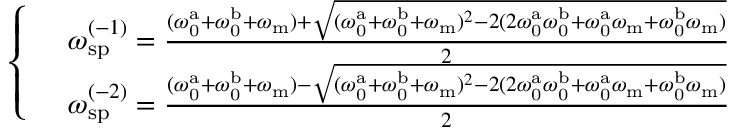
\begin{array} { r l } & { \left\{ \begin{array} { l l } & { \omega _ { \mathrm { s p } } ^ { ( - 1 ) } = \frac { ( \omega _ { \mathrm { 0 } } ^ { \mathrm { a } } + \omega _ { \mathrm { 0 } } ^ { \mathrm { b } } + \omega _ { \mathrm { m } } ) + \sqrt { ( \omega _ { \mathrm { 0 } } ^ { \mathrm { a } } + \omega _ { \mathrm { 0 } } ^ { \mathrm { b } } + \omega _ { \mathrm { m } } ) ^ { 2 } - 2 ( 2 \omega _ { \mathrm { 0 } } ^ { \mathrm { a } } \omega _ { \mathrm { 0 } } ^ { \mathrm { b } } + \omega _ { \mathrm { 0 } } ^ { \mathrm { a } } \omega _ { \mathrm { m } } + \omega _ { \mathrm { 0 } } ^ { \mathrm { b } } \omega _ { \mathrm { m } } ) } } { 2 } } \\ & { \omega _ { \mathrm { s p } } ^ { ( - 2 ) } = \frac { ( \omega _ { \mathrm { 0 } } ^ { \mathrm { a } } + \omega _ { \mathrm { 0 } } ^ { \mathrm { b } } + \omega _ { \mathrm { m } } ) - \sqrt { ( \omega _ { \mathrm { 0 } } ^ { \mathrm { a } } + \omega _ { \mathrm { 0 } } ^ { \mathrm { b } } + \omega _ { \mathrm { m } } ) ^ { 2 } - 2 ( 2 \omega _ { \mathrm { 0 } } ^ { \mathrm { a } } \omega _ { \mathrm { 0 } } ^ { \mathrm { b } } + \omega _ { \mathrm { 0 } } ^ { \mathrm { a } } \omega _ { \mathrm { m } } + \omega _ { \mathrm { 0 } } ^ { \mathrm { b } } \omega _ { \mathrm { m } } ) } } { 2 } } \end{array} \right. } \end{array}